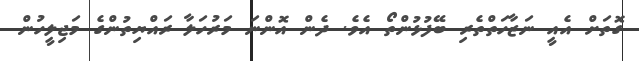
ގޮތަށް އެއީ ނަޒާހަތްތެރި ބޭފުޅުންތޯ އެވެ. ދެން އޮންނަ މަރުހަލާ ރައްޔިތުންގެ މަޖިލީހުން